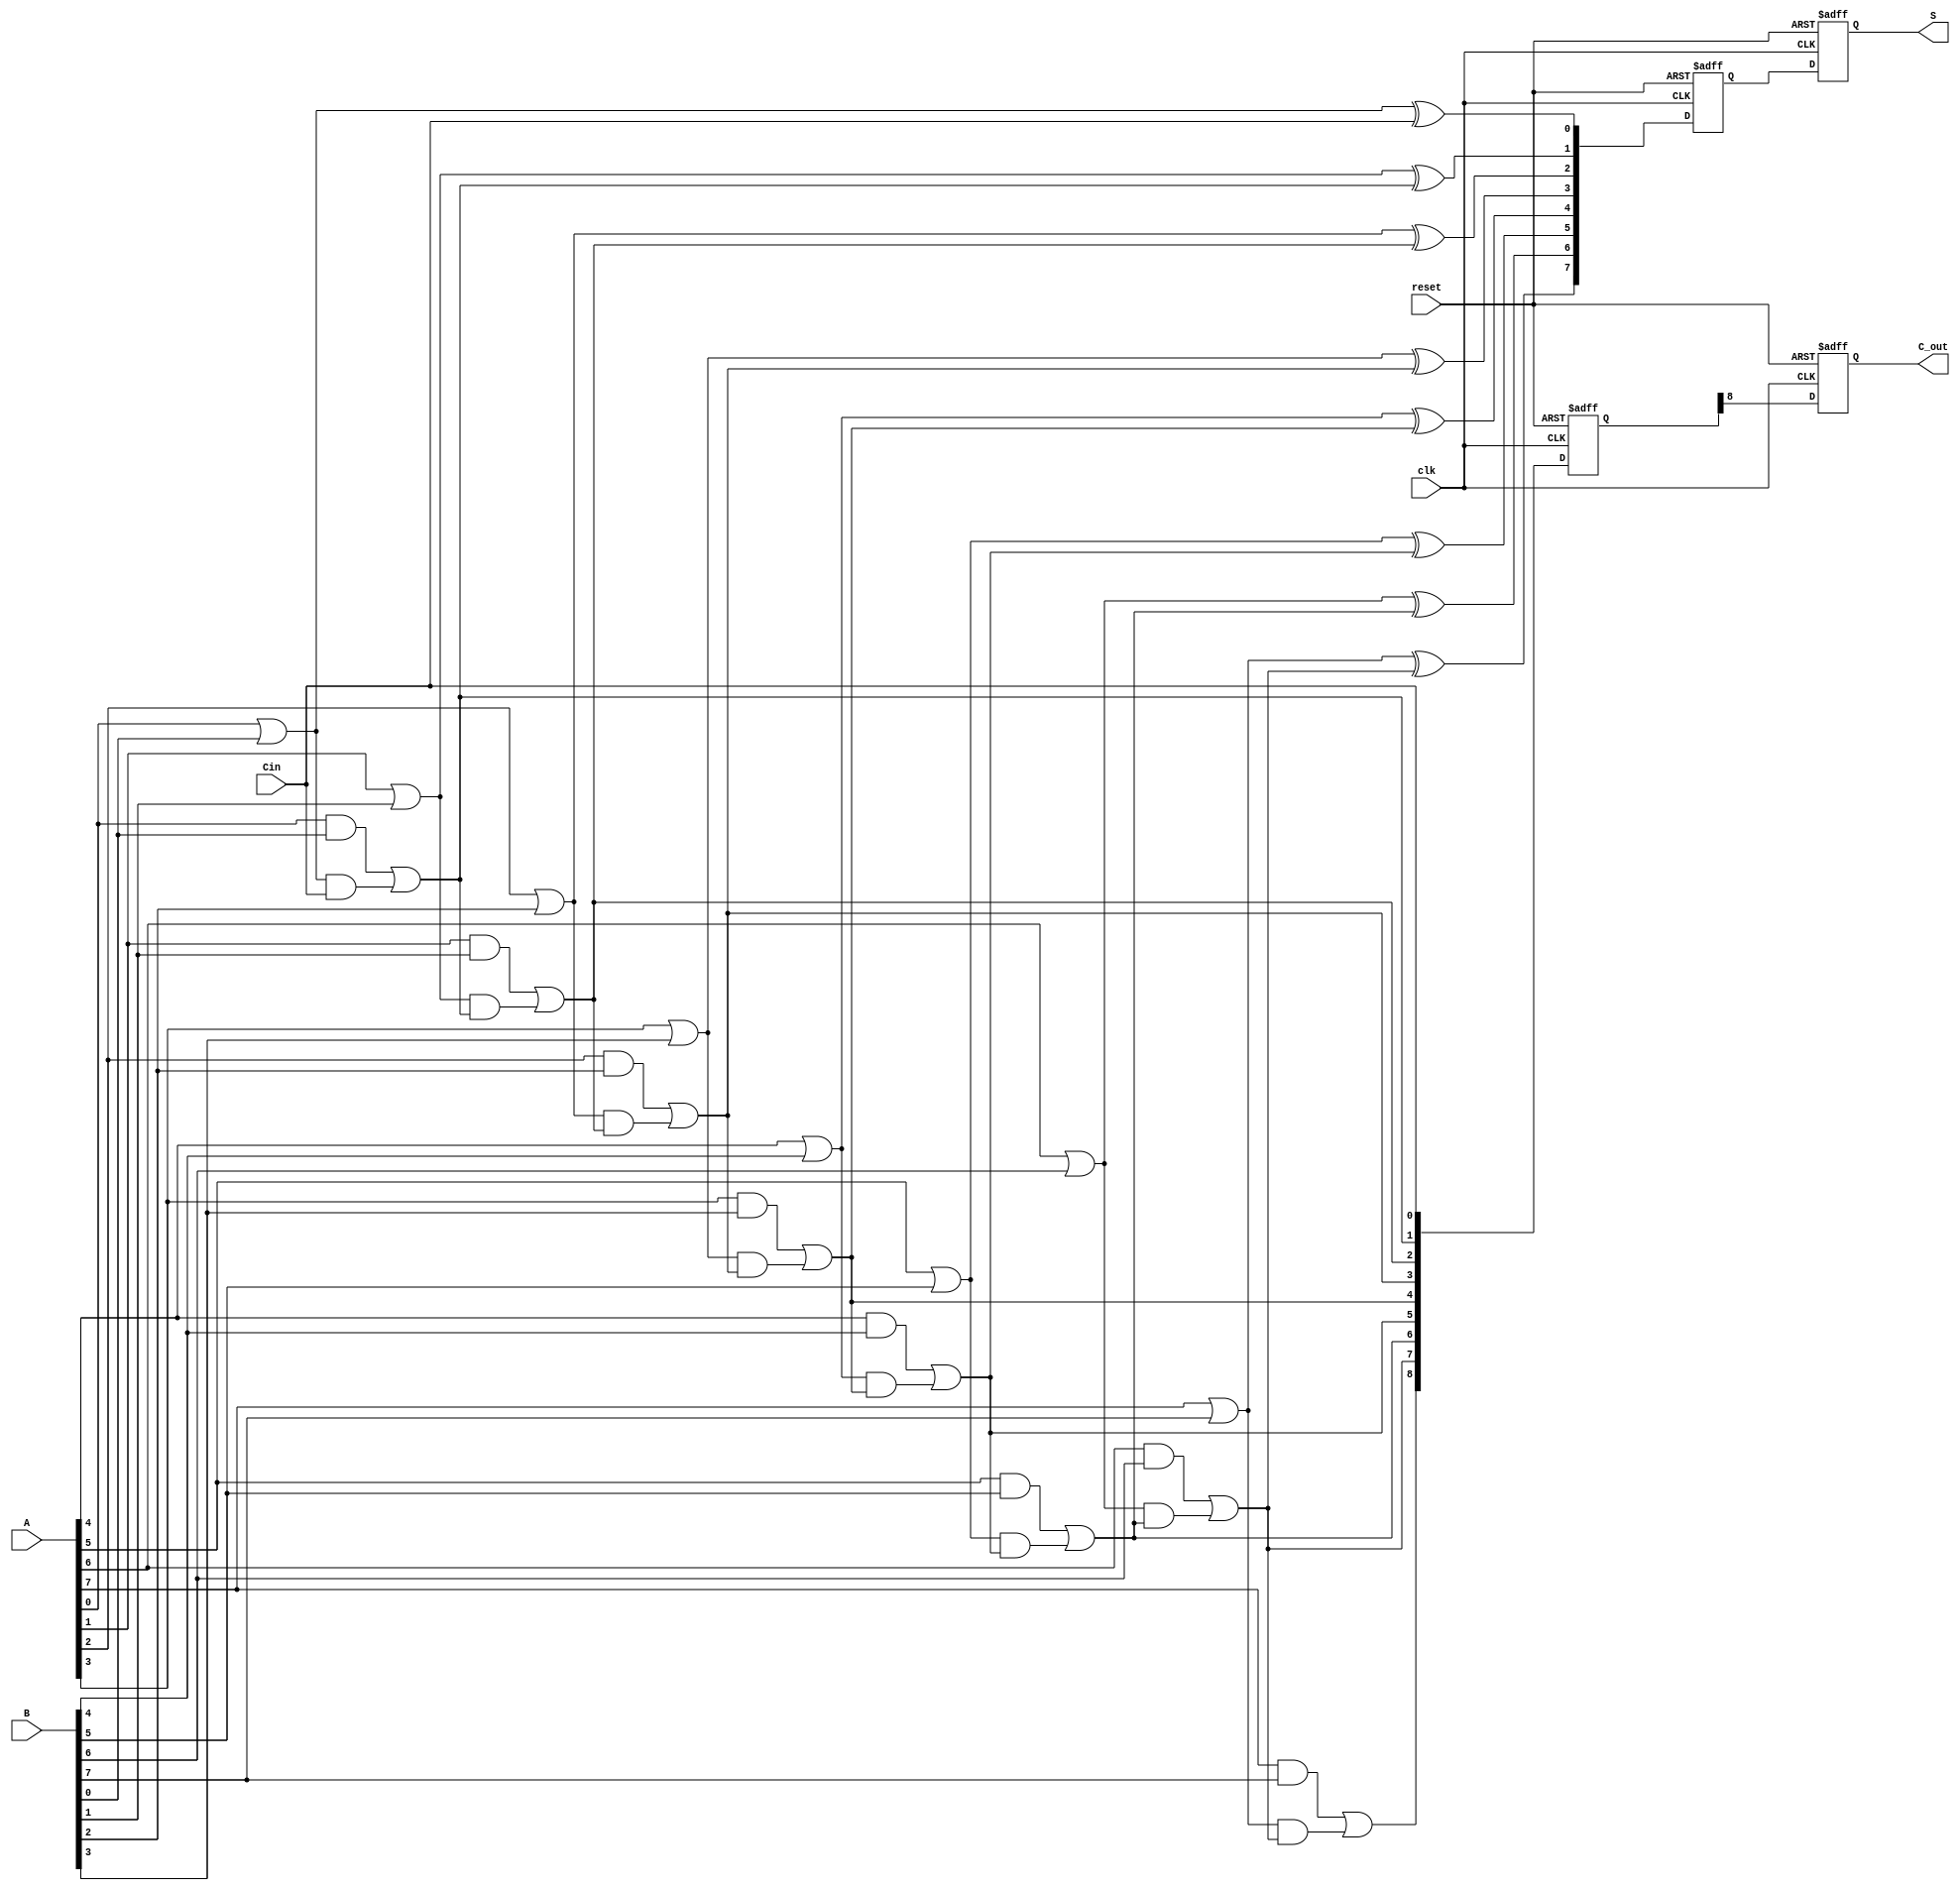
module pipelined_cla #(parameter N = 8) (
    input wire clk,
    input wire reset,
    input wire [N-1:0] A,
    input wire [N-1:0] B,
    input wire Cin,
    output reg [N-1:0] S,
    output reg C_out
);

    // Internal signals for generate and propagate
    wire [N-1:0] G, P;
    wire [N:0] C;

    // Stage 1: Generate and Propagate
    genvar i;
    generate
        for (i = 0; i < N; i = i + 1) begin : gen_prop
            assign G[i] = A[i] & B[i]; // Generate
            assign P[i] = A[i] | B[i]; // Propagate
        end
    endgenerate

    // Stage 2: Carry Calculation
    assign C[0] = Cin; // Initial carry
    generate
        for (i = 0; i < N; i = i + 1) begin : carry_calc
            if (i == 0) begin
                assign C[i+1] = G[i] | (P[i] & C[i]); // C1
            end else begin
                assign C[i+1] = G[i] | (P[i] & C[i]); // C2 to Cn
            end
        end
    endgenerate

    // Stage 3: Summation
    wire [N-1:0] sum;
    generate
        for (i = 0; i < N; i = i + 1) begin : sum_calc
            assign sum[i] = P[i] ^ C[i]; // Final sum
        end
    endgenerate

    // Registers to hold intermediate results
    reg [N-1:0] sum_reg;
    reg [N:0] carry_reg;

    always @(posedge clk or posedge reset) begin
        if (reset) begin
            sum_reg <= 0;
            carry_reg <= 0;
            S <= 0;
            C_out <= 0;
        end else begin
            // Update registers with computed values
            sum_reg <= sum;
            carry_reg <= C;
            S <= sum_reg; // Output final sum
            C_out <= carry_reg[N]; // Output final carry
        end
    end

endmodule